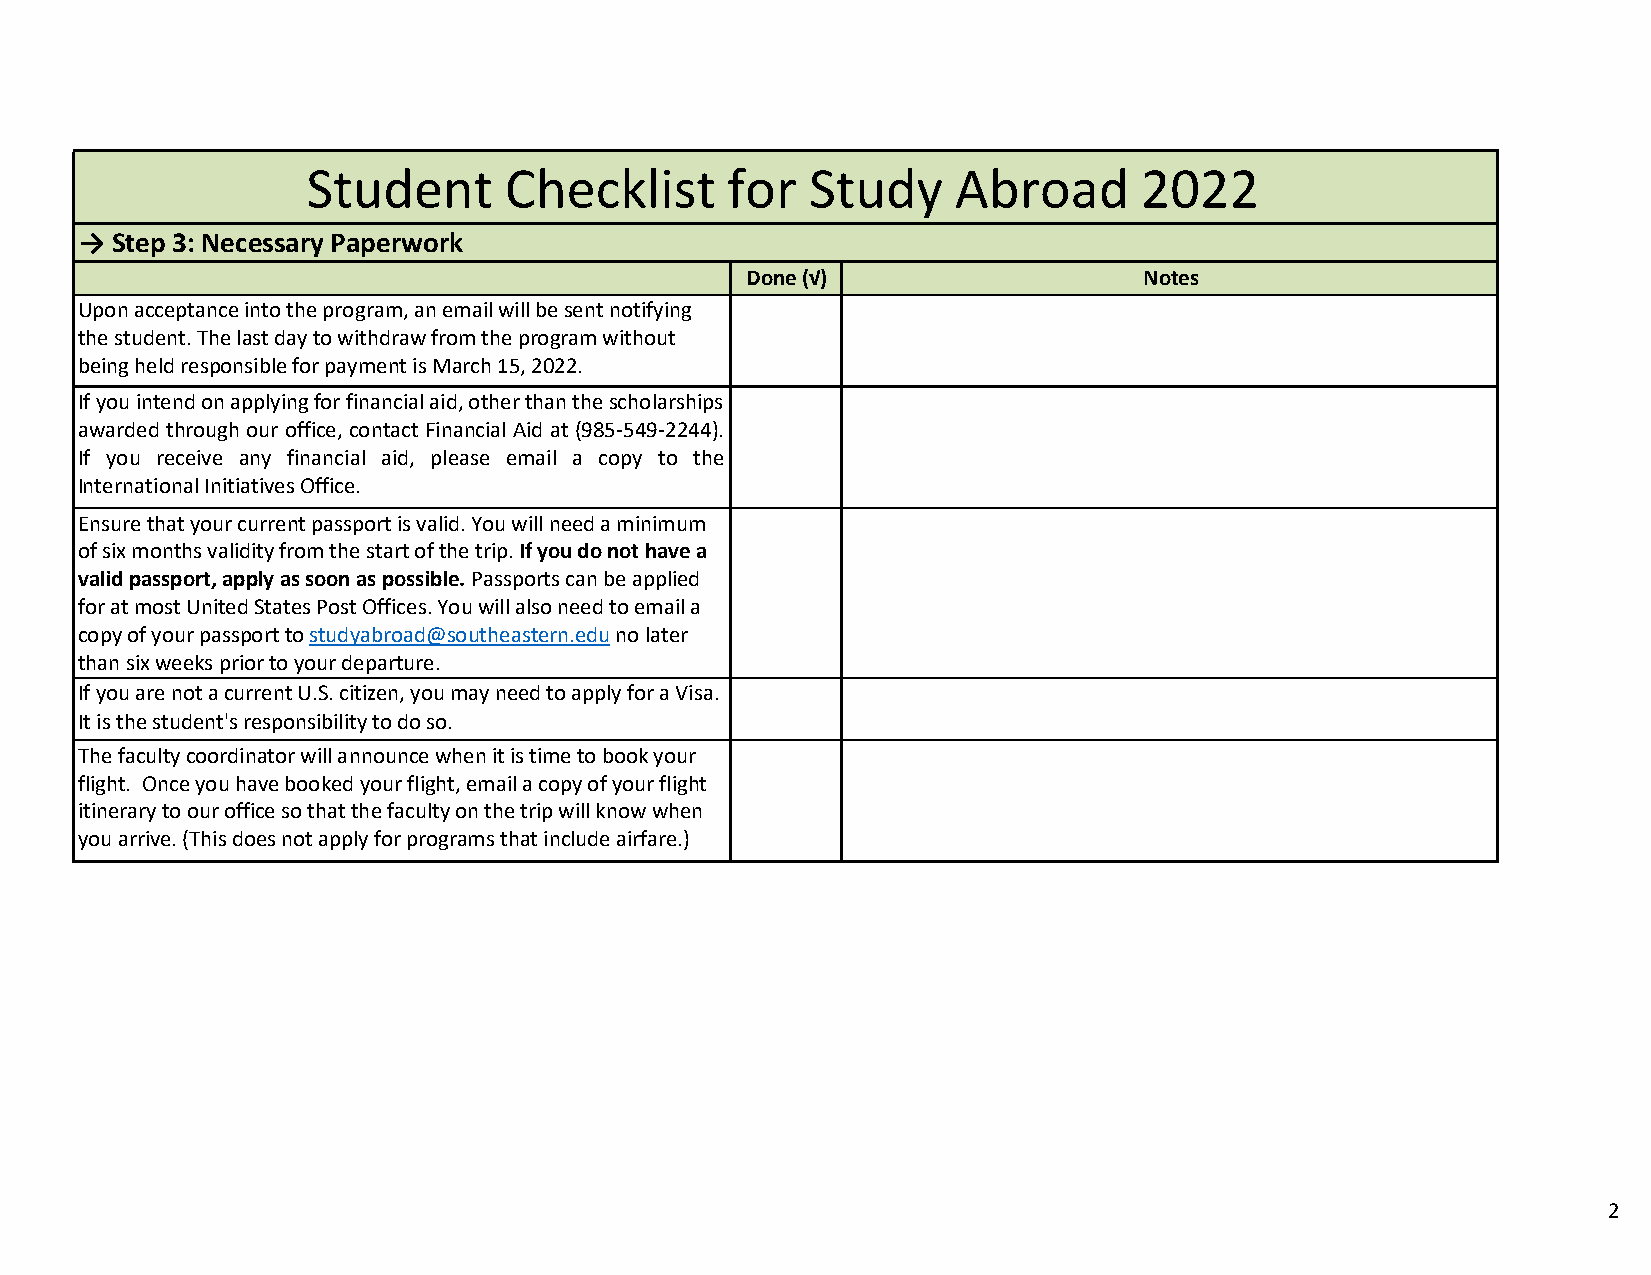
Student      Checklist      for   Study    Abroad      2022
 → Step 3: Necessary Paperwork
 Done (√)                   Notes
 Upon acceptance into the program, an email will be sent notifying
 the student. The last day to withdraw from the program without
 being held responsible for payment is March 15, 2022.
 If you intend on applying for financial aid, other than the scholarships
 awarded through our office, contact Financial Aid at (985‐549‐2244).
 If you receive any financial aid, please email a copy to the
 International Initiatives Office.
 Ensure that your current passport is valid. You will need a minimum
 of six months validity from the start of the trip. If you do not have a
 valid passport, apply as soon as possible. Passports can be applied
 for at most United States Post Offices. You will also need to email a
 copy of your passport to studyabroad@southeastern.edu no later
 than six weeks prior to your departure.
 If you are not a current U.S. citizen, you may need to apply for a Visa.
 It is the student's responsibility to do so.
 The faculty coordinator will announce when it is time to book your
 flight. Once you have booked your flight, email a copy of your flight
 itinerary to our office so that the faculty on the trip will know when
 you arrive. (This does not apply for programs that include airfare.)
 2